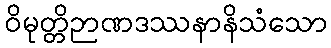
ဝိမုတ္တိဉာဏဒဿနာနိသံသော